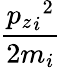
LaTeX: \frac{{{p_{z}}_{i}}^{2}}{{2m}_{i}}